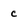
Character: c